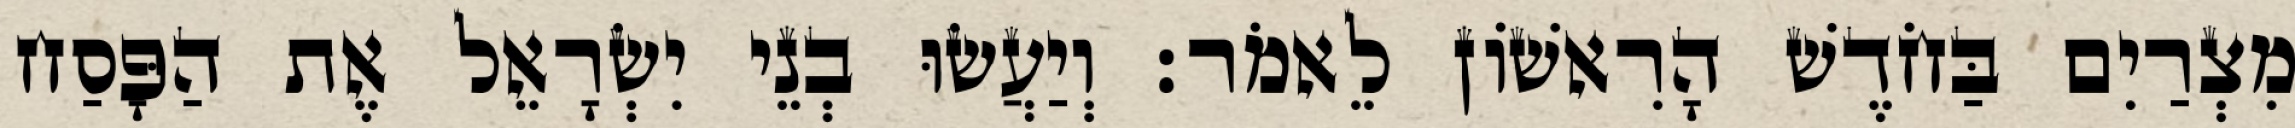
מִצְרַיִם בַּחֹדֶשׁ הָרִאשׁוֹן לֵאמֹר׃ וְיַעֲשׂוּ בְנֵי יִשְׂרָאֵל אֶת הַפָּסַח